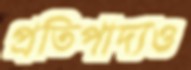
প্রতিপাদ্যও